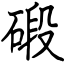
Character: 碫